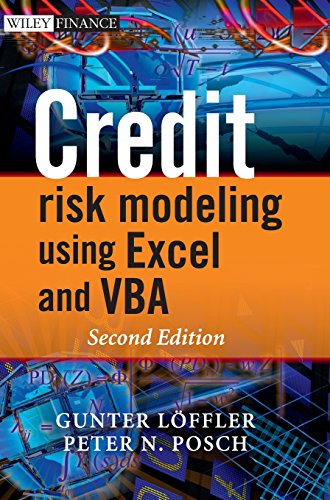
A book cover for Credit Risk Modeling using Excel and VBA; Gunter LÃ¶effler; Computers & Technology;